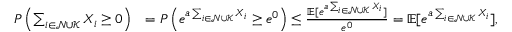
\begin{array} { r l } { P \left( \sum _ { i \in \mathcal { N } \cup \mathcal { K } } X _ { i } \geq 0 \right) } & { = P \left( e ^ { a \sum _ { i \in \mathcal { N } \cup \mathcal { K } } X _ { i } } \geq e ^ { 0 } \right) \leq \frac { \mathbb { E } [ e ^ { a \sum _ { i \in \mathcal { N } \cup \mathcal { K } } X _ { i } } ] } { e ^ { 0 } } = \mathbb { E } [ e ^ { a \sum _ { i \in \mathcal { N } \cup \mathcal { K } } X _ { i } } ] , } \end{array}